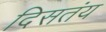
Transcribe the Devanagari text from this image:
दिसतंय